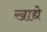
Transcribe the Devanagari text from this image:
खाद्ये